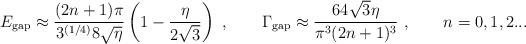
LaTeX: \begin{align*}E_{\rm gap} \approx \frac{(2n+1)\pi}{3^{(1/4)} 8 \sqrt{\eta}}\left(1-\frac{\eta}{2\sqrt{3}}\right) \ , \qquad \Gamma_{\rm gap} \approx \frac{64 \sqrt{3} \eta}{\pi^3 (2n+1)^3} \ , \qquad n=0,1,2...\end{align*}